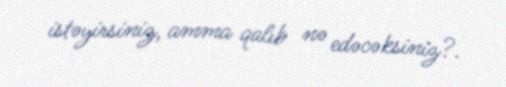
istəyirsiniz, amma qalıb nə edəcəksiniz?.